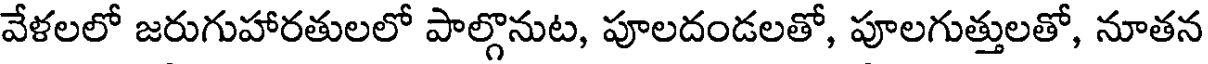
వేళలలో జరుగుహారతులలో పాల్గొనుట, పూలదండలతో, పూలగుత్తులతో, నూతన